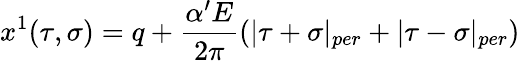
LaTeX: x^{1}(\tau,\sigma)=q+\frac{\alpha^{\prime}E}{2\pi}(|\tau+\sigma|_{per}+|\tau-\sigma|_{per})